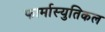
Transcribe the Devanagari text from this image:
फार्मास्युतिकल